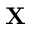
{ \bf X }